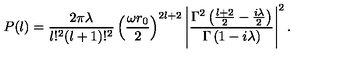
P ( l ) = \frac { 2 \pi \lambda } { l ! ^ { 2 } ( l + 1 ) ! ^ { 2 } } \left( \frac { \omega r _ { 0 } } { 2 } \right) ^ { 2 l + 2 } \left| \frac { \Gamma ^ { 2 } \left( \frac { l + 2 } { 2 } - \frac { i \lambda } { 2 } \right) } { \Gamma \left( 1 - i \lambda \right) } \right| ^ { 2 } .